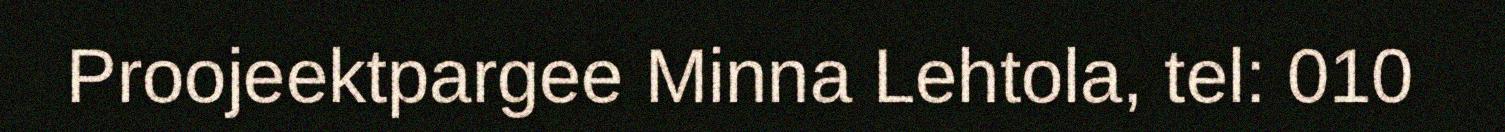
Proojeektpargee Minna Lehtola, tel: 010